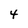
Character: 4